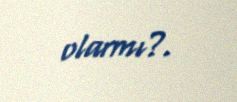
olarmı?.